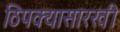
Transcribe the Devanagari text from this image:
ठिपक्यासारखी